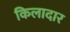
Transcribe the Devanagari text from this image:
किलादार